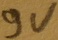
Text: 9V